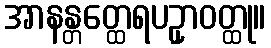
အာနန္တတ္ထေရပဥှာဝတ္ထု။